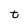
Character: t